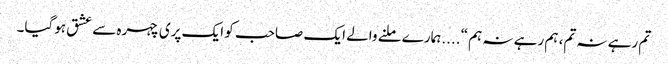
تم رہے نہ تم، ہم رہے نہ ہم “....ہمارے ملنے والے ایک صاحب کو ایک پری چہرہ سے عشق ہوگیا۔